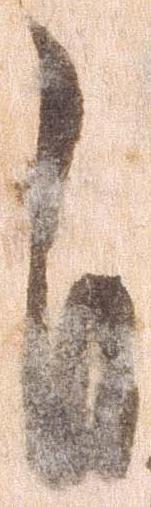
自